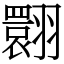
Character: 翾